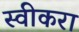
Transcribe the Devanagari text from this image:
स्वीकरा